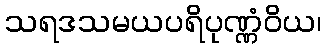
သရဒသမယပရိပုဏ္ဏံဝိယ၊